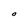
Character: O